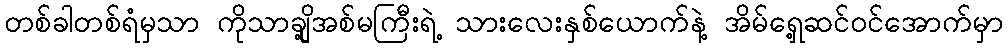
တစ်ခါတစ်ရံမှသာ ကိုသာချို့အစ်မကြီးရဲ့ သားလေးနှစ်ယောက်နဲ့ အိမ်ရှေ့ဆင်ဝင်အောက်မှာ